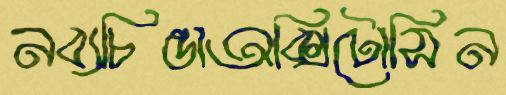
নব্যচিন্তাঅক্সিটোসিন